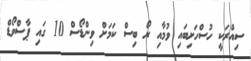
ސިއްރަކީ ހުސްހަށިބައި ވުމާއި ރޯ ބިސް ކަމަށް ވިންޑޯސް 10 ގައި ޕާސްވޯޑް